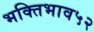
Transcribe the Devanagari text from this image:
भक्तिभाव५२